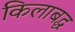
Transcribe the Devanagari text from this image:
किलाबद्ध